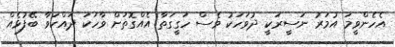
އެހެންވީމަ އުމަރު ނަސީރަކީ ދުވަހަކު ވެސް ހަގީގަތާ އެއްގޮތަށް ވާހަކަ ދައްކަވާ ބޭފުޅެއް